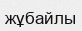
жұбайлы